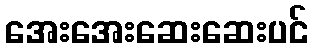
အေးအေးဆေးဆေးပင်